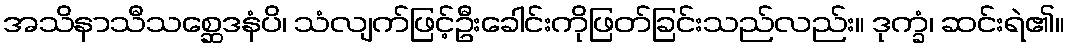
အသိနာသီသစ္ဆေဒနံပိ၊ သံလျက်ဖြင့်ဦးခေါင်းကိုဖြတ်ခြင်းသည်လည်း။ ဒုက္ခံ၊ ဆင်းရဲ၏။